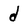
Character: d